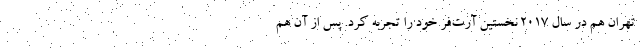
تهران هم در سال ۲۰۱۷ نخستین آرت‌فر خود را تجربه کرد. پس از آن هم